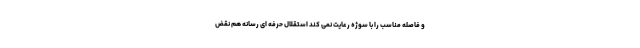
و فاصله مناسب را با سوژه رعایت نمی کند استقلال حرفه ای رسانه هم نقض